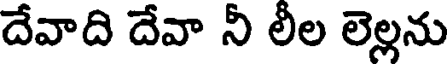
దేవాది దేవా నీ లీల లెల్లను